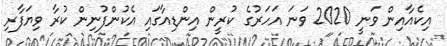
އިކެއާއިން ވަނީ 2020 ވަނަ އަހަރުގެ ކުރީން އިންޑިއާގައި އެކުންފުނިން ކުރާ ވިޔަފާރި